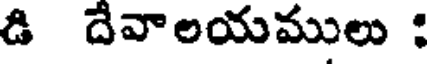
డి దేవాలయములు :